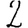
Digit: 2